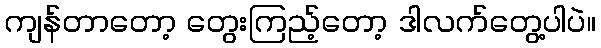
ကျန်တာတော့ တွေးကြည့်တော့ ဒါလက်တွေ့ပါပဲ။